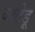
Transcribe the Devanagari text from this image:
बाटेड़ू